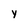
Character: y